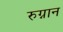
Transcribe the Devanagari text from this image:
रुग्नान